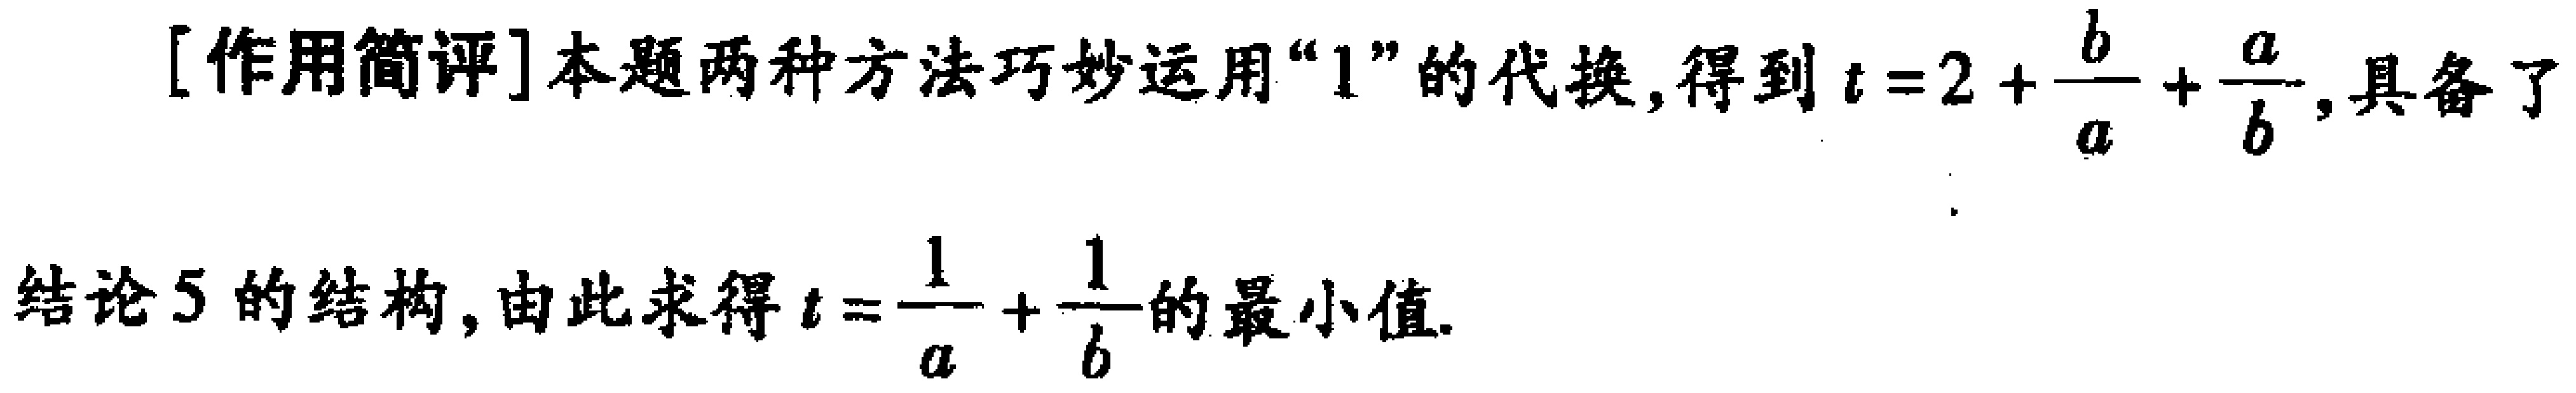
[作用简评]本题两种方法巧妙运用“1”的代换,得到\(t = 2 + \frac{b}{a} + \frac{a}{b}\),具备了

结论5的结构,由此求得\(t = \frac{1}{a} + \frac{1}{b}\)的最小值.